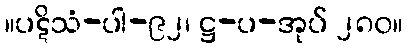
။ပဋိသံ-ပါ-၉၂၊ ဋ္ဌ-ပ-အုပ် ၂၈၀။